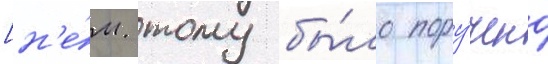
[н'е́м. тому бы́ло пору́чено